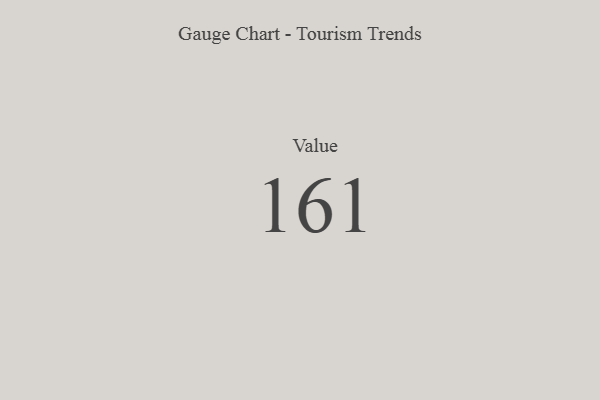
{"axis": {"x": "Metric", "y": "Value"}, "legend": [""], "data": [{"x": "Value", "y": 161, "type": ""}]}